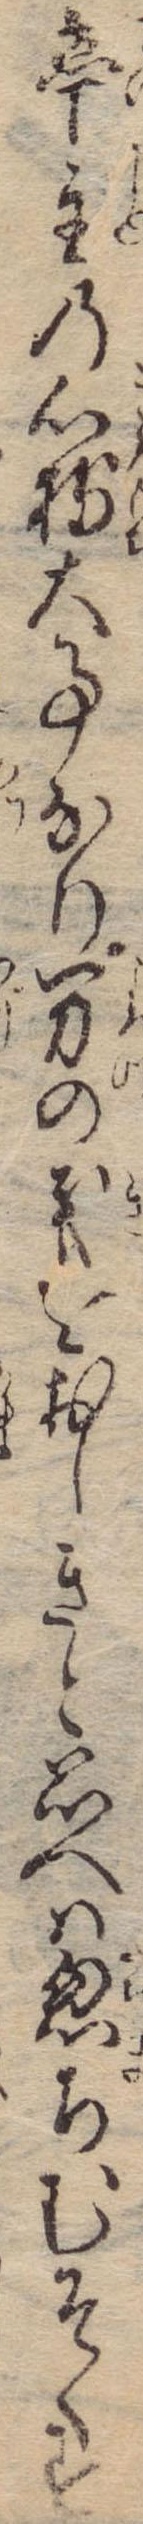
亭主の心持大事なり万の義をおしきと思へは忽ちむそくす